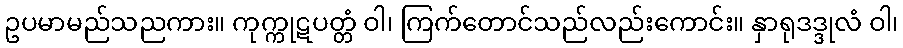
ဥပမာမည်သညကား။ ကုက္ကုဋပတ္တံ ဝါ၊ ကြက်တောင်သည်လည်းကောင်း။ နှာရုဒဒ္ဒုလံ ဝါ၊